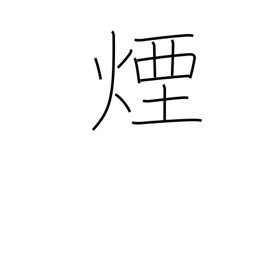
Meaning: smoke